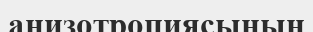
анизотропиясының